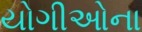
યોગીઓના